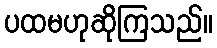
ပထမဟုဆိုကြသည်။